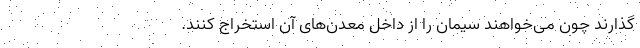
‌گذارند چون می‌خواهند سیمان را از داخل معدن‌های آن استخراج کنند.